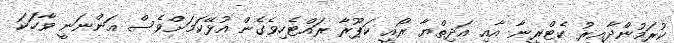
ކުރަމުންދާއިރު ކެޓްރީނާ އާއި އަދިތްޔާ ރޯއީ ކަޕޫރާ ރައްޓެހިވެގެން އުޅޭކަމަށްވެސް އަންނަނީ ވާހަކަ